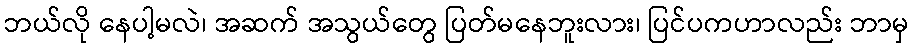
ဘယ်လို နေပါ့မလဲ၊ အဆက် အသွယ်တွေ ပြတ်မနေဘူးလား၊ ပြင်ပကဟာလည်း ဘာမှ